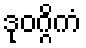
ဒုဝဂ္ဂိကံ